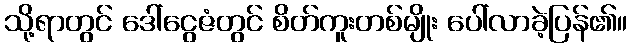
သို့ရာတွင် ဒေါ်ငွေဇံတွင် စိတ်ကူးတစ်မျိုး ပေါ်လာခဲ့ပြန်၏။